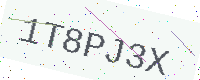
Text: 1T8PJ3X